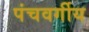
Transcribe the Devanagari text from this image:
पंचवर्गीय